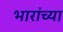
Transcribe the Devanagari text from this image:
भारांच्या